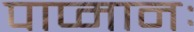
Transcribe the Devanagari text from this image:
पाप्मानः